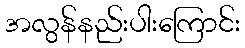
အလွန်နည်းပါးကြောင်း